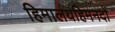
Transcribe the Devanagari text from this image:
हिमालयहिमनदों